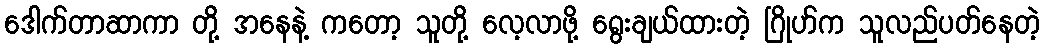
ဒေါက်တာဆာကာ တို့ အနေနဲ့ ကတော့ သူတို့ လေ့လာဖို့ ရွေးချယ်ထားတဲ့ ဂြိုဟ်က သူလည်ပတ်နေတဲ့